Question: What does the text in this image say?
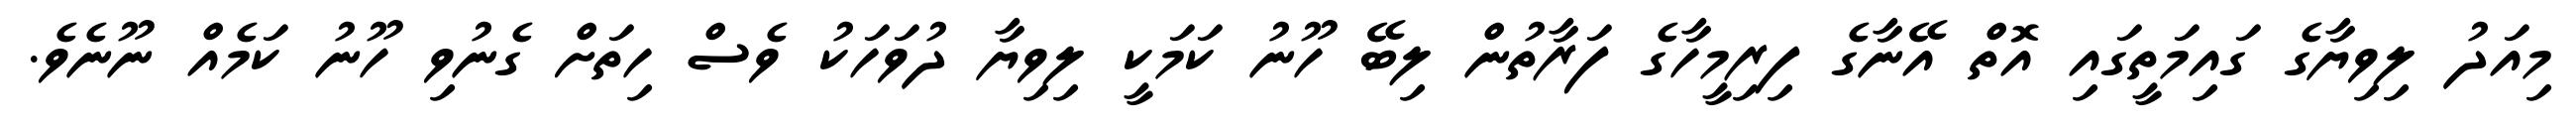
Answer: މިއަދު ލިވިޔާގެ ގައިމަތީގައި އޮތް އޭނާގެ ފިރިމީހާގެ ފަރާތުން ލިބޭ ހޫނު ކަމަކީ ލިވިޔާ ދުވަހަކު ވެސް ހިތަށް ގެނުވި ހޫނު ކަމެއް ނޫނެވެ.